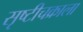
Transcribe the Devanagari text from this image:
सृष्टीचक्राला